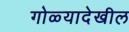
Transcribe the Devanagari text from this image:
गोळ्यादेखील